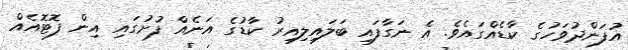
އުފަންދުވަހުގެ ކާޑެއްގައެވެ. އެ ނަގާފައި ބަލައިލިއިރު ކާޑުގެ އަނެއް ފުށުގައި އިން ފޮޓޮއެއް